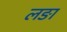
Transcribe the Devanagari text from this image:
लङा